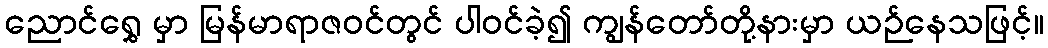
ညောင်ရွှေ မှာ မြန်မာရာဇဝင်တွင် ပါဝင်ခဲ့၍ ကျွန်တော်တို့နားမှာ ယဉ်နေသဖြင့်။